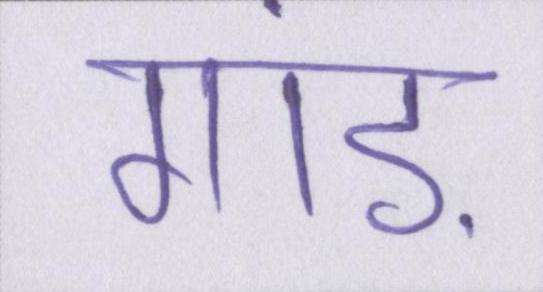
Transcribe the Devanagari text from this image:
गांड़